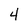
Character: 4